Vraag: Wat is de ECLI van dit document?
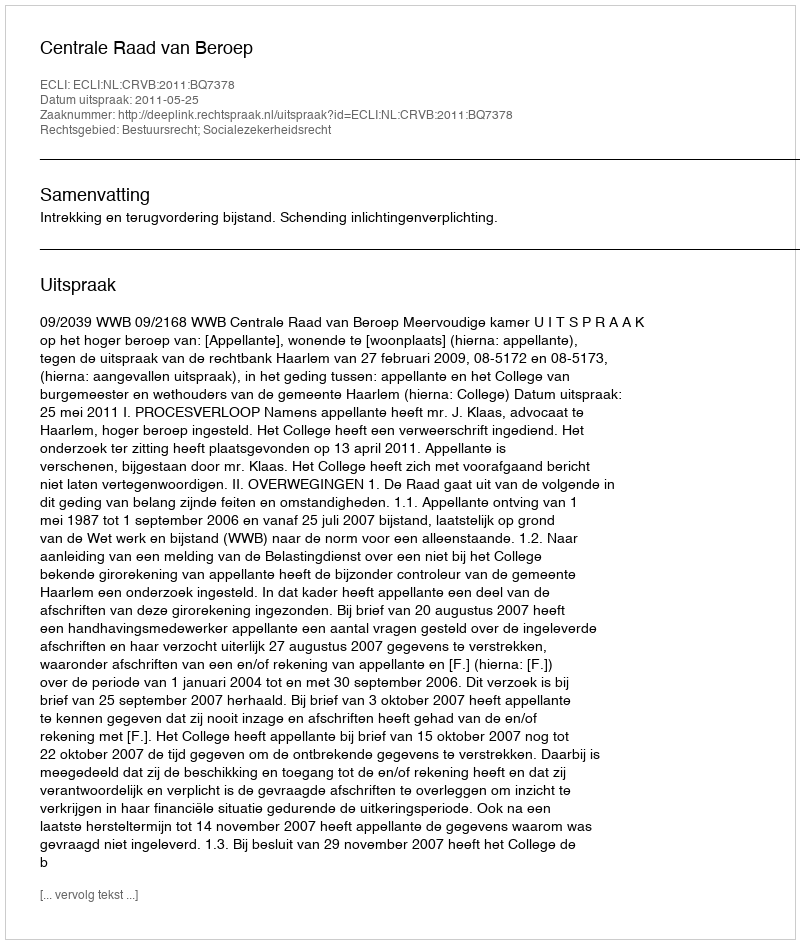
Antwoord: ECLI:NL:CRVB:2011:BQ7378